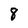
Character: 8